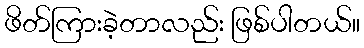
ဖိတ်ကြားခဲ့တာလည်း ဖြစ်ပါတယ်။